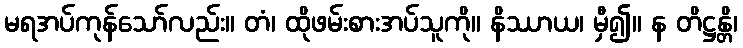
မရအပ်ကုန်သော်လည်း။ တံ၊ ထိုဖမ်းစားအပ်သူကို။ နိဿာယ၊ မှီ၍။ န တိဋ္ဌန္တိ၊